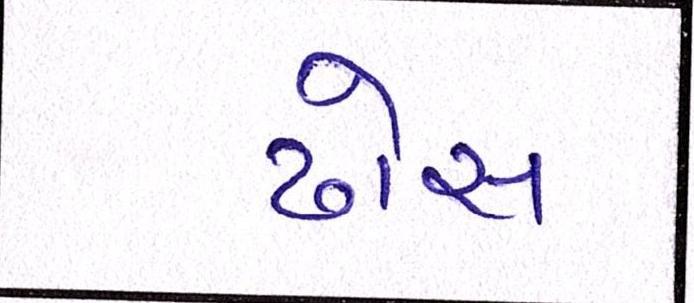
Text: ઢોસ